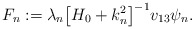
\begin{align*} F_n := \lambda_n \bigl[H_0 + k_n^2\bigr]^{-1} v_{13} \psi_n . \end{align*}